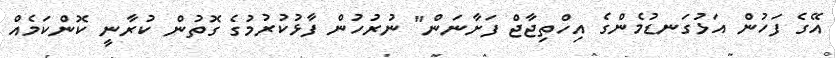
އޭގެ ފަހުން އަޅުގަނޑުމެންގެ އިހްތިޖާޖް ފަށާނަން" ނުރުހުން ފާޅުކުރުމުގެ ގޮތުން ކުރާނީ ކޮންކަމެއް